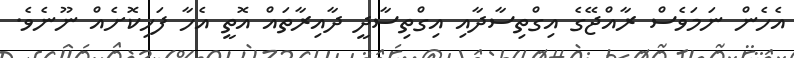
އެހެން ނަމަވެސް ރާއްޖޭގެ އިގްތިސާދާއި އިގްތިސާދީ ދާއިރާތައް އޮތީ އެހާ ފަހިކޮށެއް ނޫނެވެ.